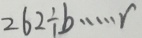
2 6 2 \div b \cdots r